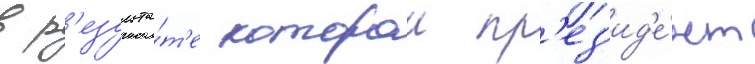
в р'езульта́т'е которои пр'ез'ид'е́нт